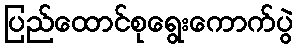
ပြည်ထောင်စုရွေးကောက်ပွဲ